画像に写った文字を読んでください
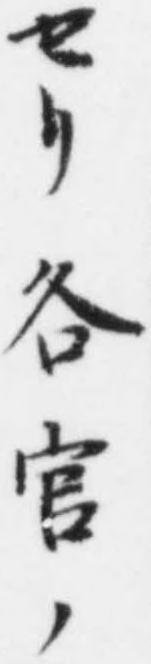
「セリ各官ノ」と書いてあります